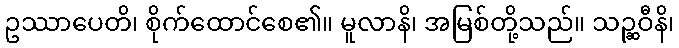
ဥဿာပေတိ၊ စိုက်ထောင်စေ၏။ မူလာနိ၊ အမြစ်တို့သည်။ သဉ္ဆဝီနိ၊